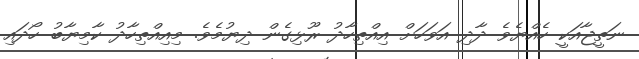
ނަތީޖާއަކީ ހެއްޔެވެ ދާދި އަވަހަށް އިއްތިހާދު ރޫޅިގެން ދިޔުމެވެ. މިއިއްތިހާދު ކާމިޔާބު ހޯދައި